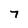
Character: 7